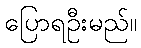
ပြောရဦးမည်။